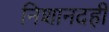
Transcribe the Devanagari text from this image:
निशानदही